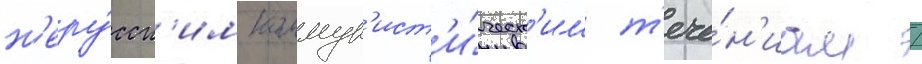
н'еру́сск'им коммун'ист'и́ческ'им т'ече́н'иам /